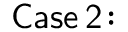
\mathsf { C a s e \, 2 \! : }